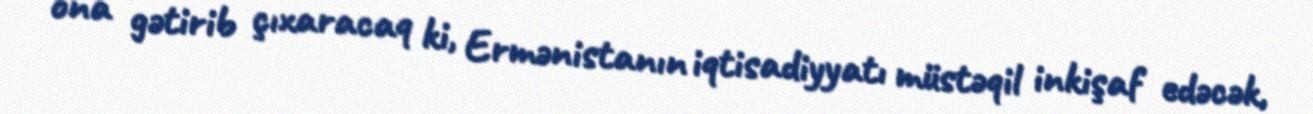
ona gətirib çıxaracaq ki, Ermənistanın iqtisadiyyatı müstəqil inkişaf edəcək,